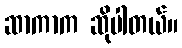
ဆာကာက ဆိုပါတယ်။